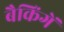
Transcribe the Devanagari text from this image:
बैकिंगें